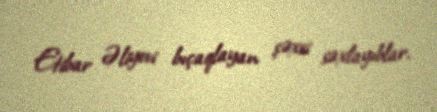
Etibar Əliyevi bıçaqlayan şəxsi saxlayıblar.